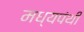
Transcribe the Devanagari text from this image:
मध्यपंथी